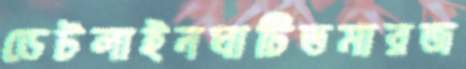
ডেটলাইনঘাটিতমারজ